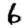
Digit: 6